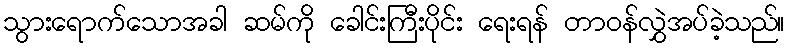
သွားရောက်သောအခါ ဆမ်ကို ခေါင်းကြီးပိုင်း ရေးရန် တာဝန်လွှဲအပ်ခဲ့သည်။